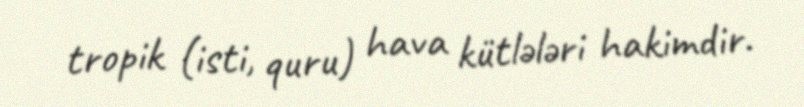
tropik (isti, quru) hava kütlələri hakimdir.